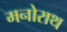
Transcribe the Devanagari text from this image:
मनोराथ